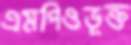
এমপিওভূক্ত